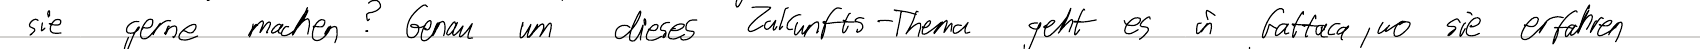
sie gerne machen? Genau um dieses Zukunfts-Thema geht es in Gattaca, wo sie erfahren